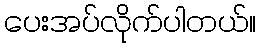
ပေးအပ်လိုက်ပါတယ်။